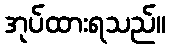
အုပ်ထားရသည်။